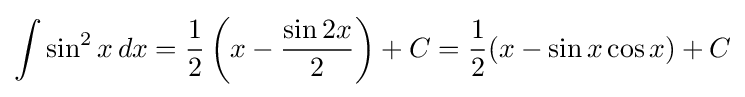
\int \sin ^{2}x\,dx={\frac {1}{2}}\left(x-{\frac {\sin 2x}{2}}\right)+C={\frac {1}{2}}(x-\sin x\cos x)+C